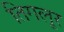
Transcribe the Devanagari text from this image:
तिगलूर